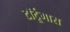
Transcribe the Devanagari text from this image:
टॉर्टूगास